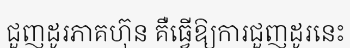
ជួញដូរភាគហ៊ុន គឺធ្វើឱ្យការជួញដូរនេះ